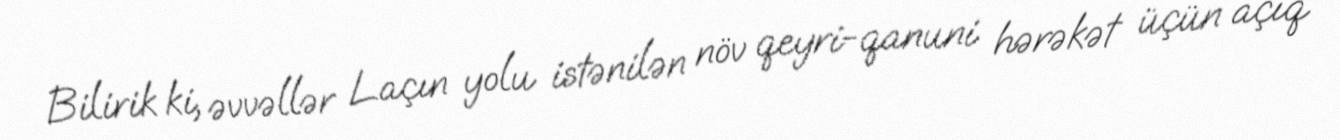
Bilirik ki, əvvəllər Laçın yolu istənilən növ qeyri-qanuni hərəkət üçün açıq